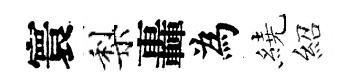
寰梨轟為繞紹